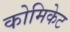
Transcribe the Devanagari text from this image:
कोमिकेट